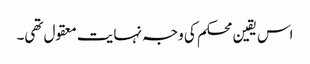
اس یقین محکم کی وجہ نہایت معقول تھی۔